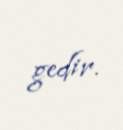
gedir.